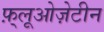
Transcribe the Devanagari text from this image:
फ़्लूओज़ेटीन